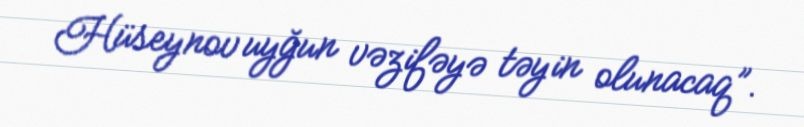
Hüseynov uyğun vəzifəyə təyin olunacaq”.